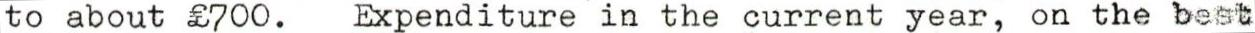
to about £700. Expenditure in the current year, on the best